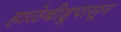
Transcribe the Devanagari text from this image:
हाळेबीडूपासून